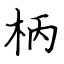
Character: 柄